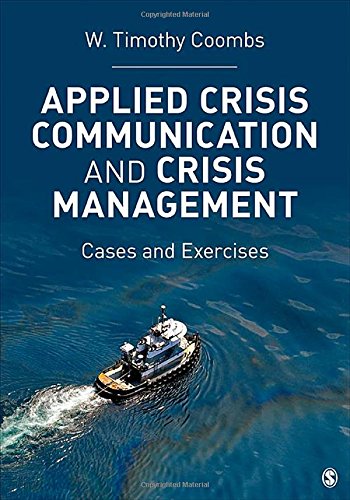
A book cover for Applied Crisis Communication and Crisis Management: Cases and Exercises; W. Timothy Coombs; Business & Money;